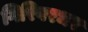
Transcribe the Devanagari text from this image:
गिरिवरधर